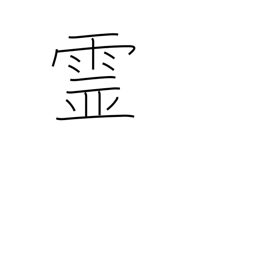
Meaning: spirits